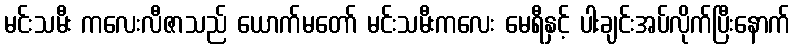
မင်းသမီး ကလေးလီဇာသည် ယောက်မတော် မင်းသမီးကလေး မေရီနှင့် ပါးချင်းအပ်လိုက်ပြီးနောက်